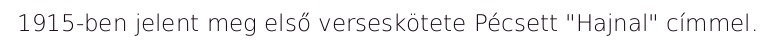
1915-ben jelent meg első verseskötete Pécsett "Hajnal" címmel.